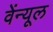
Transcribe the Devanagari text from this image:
वेंन्यूल